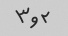
۲ و۳